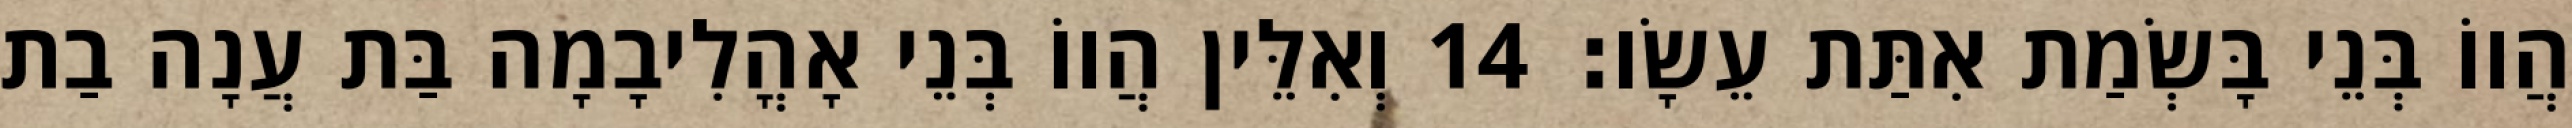
הֲווֹ בְּנֵי בָּשְׂמַת אִתַּת עֵשָׂו׃ 14 וְאִלֵּין הֲווֹ בְּנֵי אָהֳלִיבָמָה בַּת עֲנָה בַת